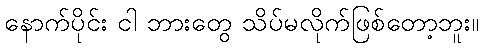
နောက်ပိုင်း ငါ ဘားတွေ သိပ်မလိုက်ဖြစ်တော့ဘူး။